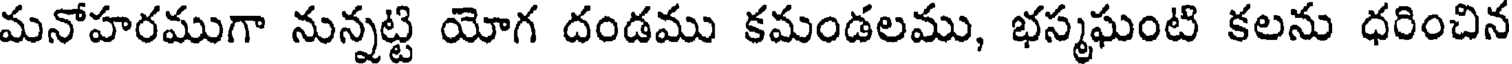
మనోహరముగా నున్నట్టి యోగ దండము కమండలము, భస్మఘంటి కలను ధరించిన